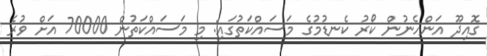
ގޮއިދޫ އަންހެނުން ކޯރު ކެނޑުމުގެ މަސައްކަތުގައި: މި މަސައްކަތުން 70000 އަށް ވުރެ